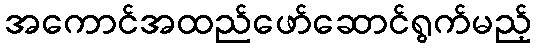
အကောင်အထည်ဖော်ဆောင်ရွက်မည့်